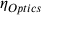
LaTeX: \eta _ { O p t i c s }